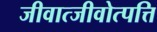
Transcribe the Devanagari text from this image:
जीवात्जीवोत्पत्ति